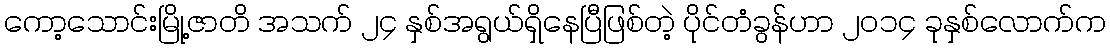
ကော့သောင်းမြို့ဇာတိ အသက် ၂၄ နှစ်အရွယ်ရှိနေပြီဖြစ်တဲ့ ပိုင်တံခွန်ဟာ ၂၀၁၄ ခုနှစ်လောက်က